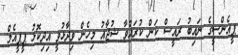
ޕީއެންސީގެ ނައިބު ރައީސް ކަން ކުރައްވާ ޝުޖާއު މިހެން ވިދާޅުވީ އިދިކޮޅު ޕީޕީއެމް